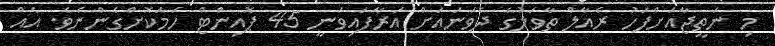
މި ނަތީޖާއަށްފަހު ރެއާލް ތާވަލުގެ ދެވަނައަށް އަރާފައިވަނީ 45 ޕޮއިންޓް ހަމަކޮށްގެންނެވެ. އެއް